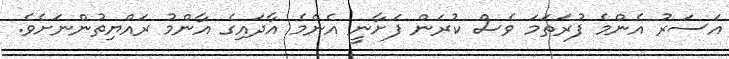
އަސަރު އެންމެ ފުރަތަމަ ވެސް ކުރަން ފަށާނީ އެންމެ އާދައިގެ އާންމު ރައްޔިތުންނަށެވެ.